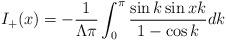
LaTeX: \begin{align*}I_{+}(x)=-\frac{1}{\Lambda \pi}\int _0^{\pi}\frac{\sin k\sin xk}{1-\cos k}dk\end{align*}